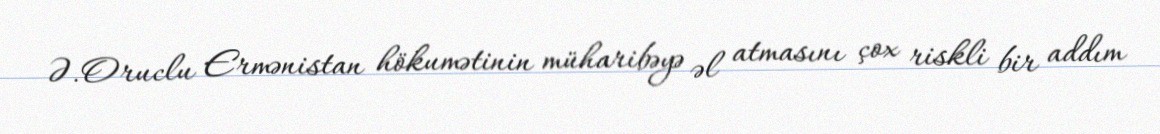
Ə.Oruclu Ermənistan hökumətinin müharibəyə əl atmasını çox riskli bir addım